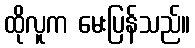
ထိုလူက မေးပြန်သည်။